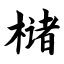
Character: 槠